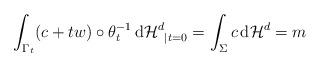
LaTeX: \begin{align*}\int_{\Gamma_t} (c+tw) \circ \theta_t^{-1} \, \mathrm{d}\mathcal{H}^d_{\phantom{x}|t=0}= \int_\Sigma c \, \mathrm{d}\mathcal{H}^d= m\end{align*}